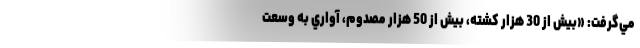
مي‌گرفت: «بيش از 30 هزار كشته، بيش از 50 هزار مصدوم، آواري به وسعت